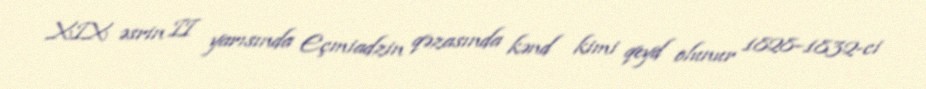
XIX əsrin II yarısında Eçmiadzin qəzasında kənd kimi qeyd olunur 1828–1832-ci